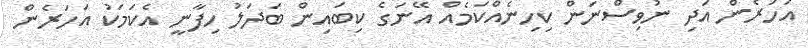
އަހަރެން އަދި ނުވިސްނަން ކިހިނެއްކަމެއް އޭނަގެ ކިބައިން ބަދަލު ހިފާނީ އެކަމަކު އަހަރެން